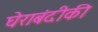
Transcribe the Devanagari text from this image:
घेराबंदीकी